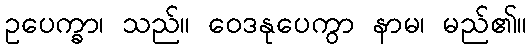
ဥပေက္ခာ၊ သည်။ ဝေဒနုပေကွာ နာမ၊ မည်၏။